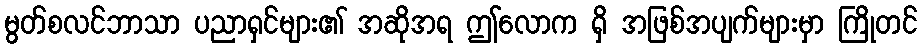
မွတ်စလင်ဘာသာ ပညာရှင်များ၏ အဆိုအရ ဤလောက ရှိ အဖြစ်အပျက်များမှာ ကြိုတင်